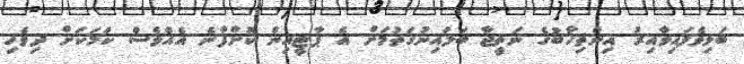
ބަލިވެފައިވާއިރު އިންތިހާބުގެ ނަތީޖާ ބަލައިނުގަތުމަށް އެ ޕާޓީއިން ކޮށްފާނެ އެއްވެސް ކަމަކަށް ދިވެހި